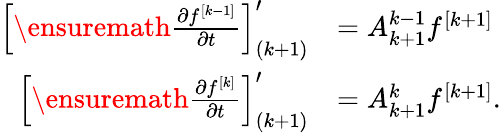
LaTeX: \begin{array}{rl}{\left[\ensuremath{\frac{\partial f^{[k-1]}}{\partial t}}\right]_{(k+1)}^{\prime}}&{=A_{k+1}^{k-1}f^{[k+1]}}\\ {\left[\ensuremath{\frac{\partial f^{[k]}}{\partial t}}\right]_{(k+1)}^{\prime}}&{=A_{k+1}^{k}f^{[k+1]}.}\end{array}